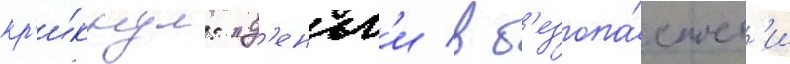
кр'и́кнул: "д'еньг'и в б'езопа́сност'и